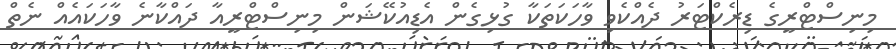
މިނިސްޓްރީގެ ޑިރެކްޓަރު ދެއްކެވި ވާހަކަތަކާ ގުޅިގެން އެޑިއުކޭޝަން މިނިސްޓްރީއާ ދައްކާނެ ވާހަކައެއް ނެތް